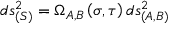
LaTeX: d s _ { ( S ) } ^ { 2 } = \Omega _ { A , B } \left( \sigma , \tau \right) d s _ { ( A , B ) } ^ { 2 }